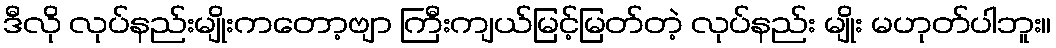
ဒီလို လုပ်နည်းမျိုးကတော့ဗျာ ကြီးကျယ်မြင့်မြတ်တဲ့ လုပ်နည်း မျိုး မဟုတ်ပါဘူး။